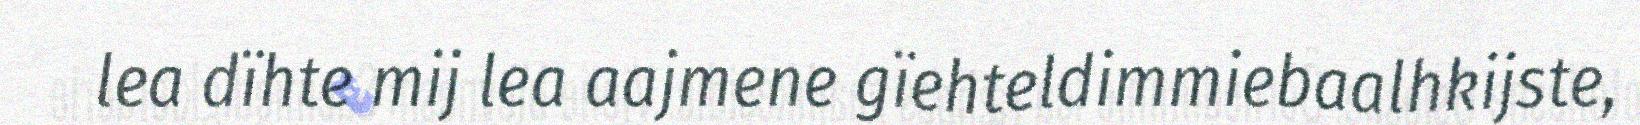
lea dïhte mij lea aajmene gïehteldimmiebaalhkijste,